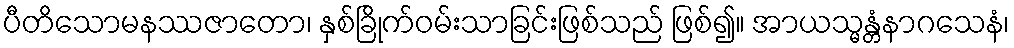
ပီတိသောမနဿဇာတော၊ နှစ်ခြိုက်ဝမ်းသာခြင်းဖြစ်သည် ဖြစ်၍။ အာယသ္မန္တံနာဂသေနံ၊